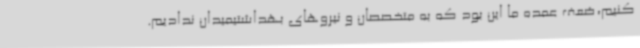
کنیم،ضعف عمده ما این بود که به متخصصان و نیروهای بهداشتیمیدان ندادیم.